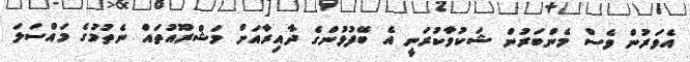
އެވަރުން ވެސް މެންބަރުން ޝަކުވާކުރަނީ އެ ބޭފުޅުންގެ ދާއިރާއަށް މަޝްރޫއުތައް ނެތުމުގެ މައްސަލަ